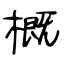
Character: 概